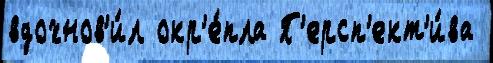
вдохнов'и́л окр'е́пла П'ерсп'ект'и́ва